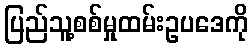
ပြည်သူ့စစ်မှုထမ်းဥပဒေကို